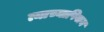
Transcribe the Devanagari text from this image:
त्याच्याषिवाय